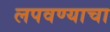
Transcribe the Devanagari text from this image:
लपवण्याचा